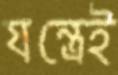
যন্ত্রেই